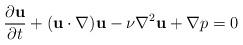
LaTeX: \begin{align*}\frac{\partial {\bf u}}{\partial t}+({\bf u}\cdot\nabla){\bf u} -\nu\nabla^2{\bf u}+\nabla p=0\end{align*}